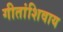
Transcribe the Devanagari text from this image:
गीतांशिवाय